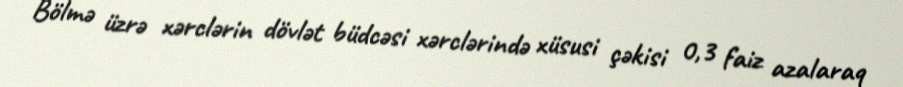
Bölmə üzrə xərclərin dövlət büdcəsi xərclərində xüsusi çəkisi 0,3 faiz azalaraq